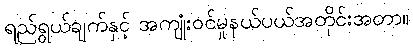
ရည်ရွယ်ချက်နှင့် အကျုံးဝင်မှုနယ်ပယ်အတိုင်းအတာ။